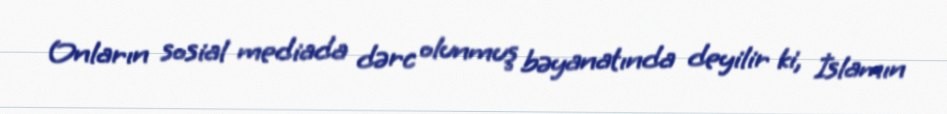
Onların sosial mediada dərc olunmuş bəyanatında deyilir ki, İslamın